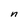
Character: n